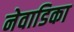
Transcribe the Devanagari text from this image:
नेवाडिका